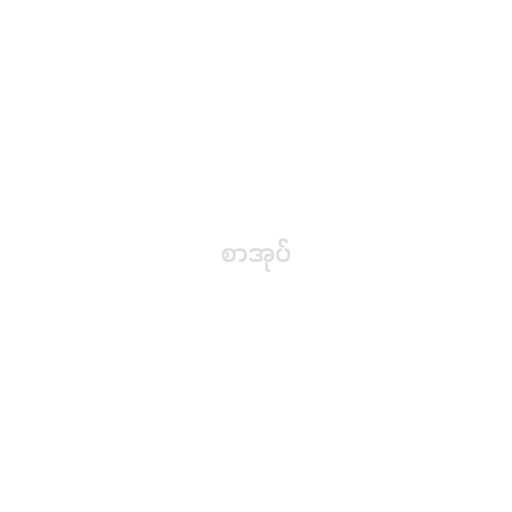
စာအုပ်